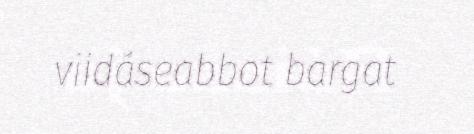
viidáseabbot bargat